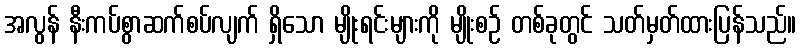
အလွန် နီးကပ်စွာဆက်စပ်လျက် ရှိသော မျိုးရင်းများကို မျိုးစဉ် တစ်ခုတွင် သတ်မှတ်ထားပြန်သည်။